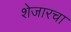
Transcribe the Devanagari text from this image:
शेजारचा